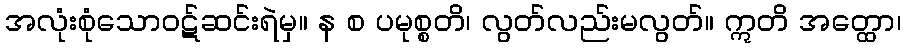
အလုံးစုံသောဝဋ်ဆင်းရဲမှ။ န စ ပမုစ္စတိ၊ လွတ်လည်းမလွတ်။ ဣတိ အတ္ထော၊